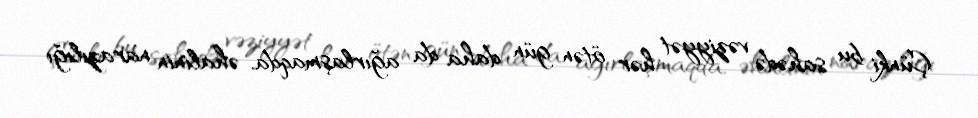
Çünki bu sahədə vəziyyət hər ötən gün daha da ağırlaşmaqda, əhalinin narazılığı